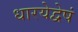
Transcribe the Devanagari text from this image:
धारयेद्वेषं